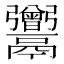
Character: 𩱭